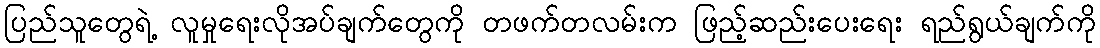
ပြည်သူတွေရဲ့ လူမှုရေးလိုအပ်ချက်တွေကို တဖက်တလမ်းက ဖြည့်ဆည်းပေးရေး ရည်ရွယ်ချက်ကို